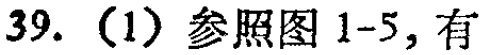
39.（1）参照图1-5，有